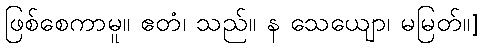
ဖြစ်စေကာမူ။ ဧတံ၊ သည်။ န သေယျော၊ မမြတ်။]